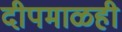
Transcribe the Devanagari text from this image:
दीपमाळही